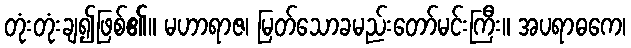
တုံးတုံးချ၍ဖြစ်၏။ မဟာရာဇ၊ မြတ်သောခမည်းတော်မင်းကြီး။ အပရာဓကေ၊